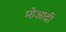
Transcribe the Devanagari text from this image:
मोआदी